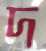
দ